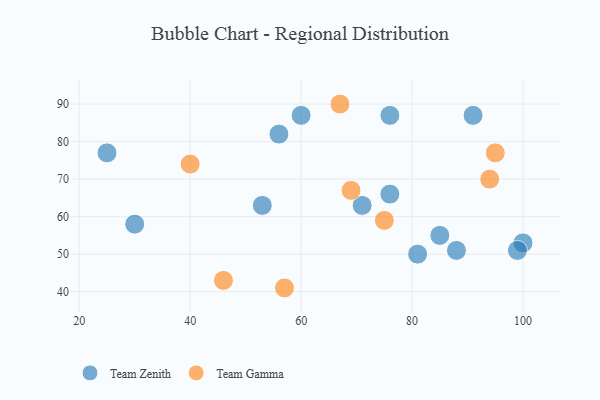
{"axis": {"x": "GDP", "y": "Life Expectancy"}, "legend": ["Team Gamma", "Team Zenith"], "data": [{"x": "30", "y": 58, "type": "Team Zenith"}, {"x": "81", "y": 50, "type": "Team Zenith"}, {"x": "91", "y": 87, "type": "Team Zenith"}, {"x": "100", "y": 53, "type": "Team Zenith"}, {"x": "76", "y": 87, "type": "Team Zenith"}, {"x": "25", "y": 77, "type": "Team Zenith"}, {"x": "76", "y": 66, "type": "Team Zenith"}, {"x": "85", "y": 55, "type": "Team Zenith"}, {"x": "71", "y": 63, "type": "Team Zenith"}, {"x": "88", "y": 51, "type": "Team Zenith"}, {"x": "99", "y": 51, "type": "Team Zenith"}, {"x": "56", "y": 82, "type": "Team Zenith"}, {"x": "60", "y": 87, "type": "Team Zenith"}, {"x": "53", "y": 63, "type": "Team Zenith"}, {"x": "46", "y": 43, "type": "Team Gamma"}, {"x": "94", "y": 70, "type": "Team Gamma"}, {"x": "40", "y": 74, "type": "Team Gamma"}, {"x": "75", "y": 59, "type": "Team Gamma"}, {"x": "67", "y": 90, "type": "Team Gamma"}, {"x": "57", "y": 41, "type": "Team Gamma"}, {"x": "95", "y": 77, "type": "Team Gamma"}, {"x": "69", "y": 67, "type": "Team Gamma"}]}